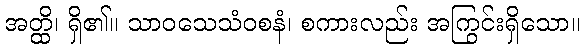
အတ္ထိ၊ ရှိ၏။ သာဝသေသံဝစနံ၊ စကားလည်း အကြွင်းရှိသော။